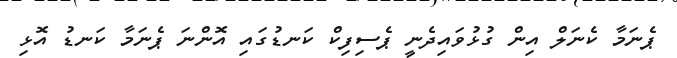
ޕެނަމާ ކެނަލް އިން ގުޅުވައިދެނީ ޕެސިފިކް ކަނޑުގައި އޮންނަ ޕެނަމާ ކަނޑު އޮޅި